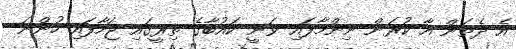
އެ ދެތަން އާ ކުރަން ނިންމާފައި ވަނީ ކައުބާގެ ތިރީގައި ޖަހާފައި ހުންނަ